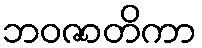
ဘဝဇာတိကာ